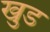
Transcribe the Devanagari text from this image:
खुड